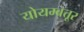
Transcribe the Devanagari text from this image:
योयम्बत्तूर